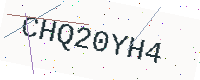
Text: CHQ20YH4